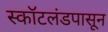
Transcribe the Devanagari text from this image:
स्कॉटलंडपासून